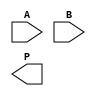
module unfolded_wallace_tree_multiplier #(parameter m = 8, n = 8) (
    input [m-1:0] A,
    input [n-1:0] B,
    output reg [m+n-1:0] P
);

    // Partial products
    wire [m-1:0] pp [0:n-1]; // Partial product array

    // Generate partial products
    genvar i;
    generate
        for (i = 0; i < n; i = i + 1) begin : partial_product_gen
            assign pp[i] = A & {m{B[i]}};
        end
    endgenerate

    // Wallace Tree Reduction
    wire [m+n-1:0] sum [0:2]; // Intermediate sums
    wire [m+n-1:0] carry [0:2]; // Intermediate carries

    // Stage 1: Grouping and Reduction
    wire [m+n-1:0] stage1_sum [0:(n+1)/3-1];
    wire [m+n-1:0] stage1_carry [0:(n+1)/3-1];

    generate
        for (i = 0; i < n/3; i = i + 1) begin : stage1
            // Full adder for three inputs
            assign {stage1_carry[i], stage1_sum[i]} = pp[3*i] + pp[3*i+1] + pp[3*i+2];
        end
        if (n % 3 == 1) begin
            assign {stage1_carry[n/3], stage1_sum[n/3]} = pp[n-1];
        end else if (n % 3 == 2) begin
            assign {stage1_carry[n/3], stage1_sum[n/3]} = pp[n-1] + pp[n-2];
        end
    endgenerate

    // Stage 2: Further reduction
    wire [m+n-1:0] stage2_sum [0:1];
    wire [m+n-1:0] stage2_carry [0:1];

    generate
        for (i = 0; i < (n+1)/3; i = i + 1) begin : stage2
            if (i < (n/3)) begin
                assign {stage2_carry[i], stage2_sum[i]} = stage1_sum[i] + stage1_sum[i+1] + stage1_sum[i+2];
            end
        end
    endgenerate

    // Final addition stage
    wire [m+n-1:0] final_sum;
    wire [m+n-1:0] final_carry;

    assign {final_carry, final_sum} = stage2_sum[0] + stage2_sum[1];

    // Output the final product
    always @(*) begin
        P = final_sum + final_carry;
    end

endmodule